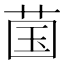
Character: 𬜿